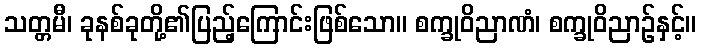
သတ္တမီ၊ ခုနစ်ခုတို့၏ပြည့်ကြောင်းဖြစ်သော။ စက္ခုဝိညာဏံ၊ စက္ခုဝိညာဉ်နှင့်။